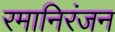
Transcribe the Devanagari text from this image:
रमानिरंजन